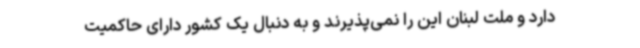
دارد و ملت لبنان این را نمی‌پذیرند و به دنبال یک کشور دارای حاکمیت